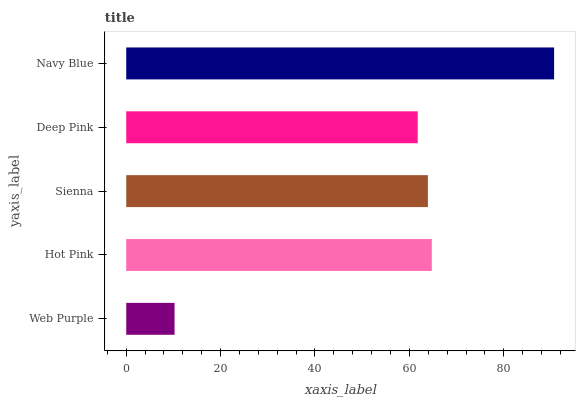
| yaxis_label | bars |
 | --- | --- |
 | Web Purple | 10.2 |
 | Hot Pink | 64.8 |
 | Sienna | 63.9 |
 | Deep Pink | 61.8 |
 | Navy Blue | 90.7 |